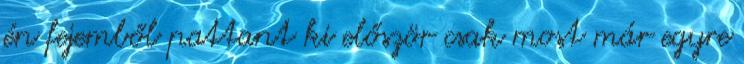
én fejemből pattant ki először csak most már egyre